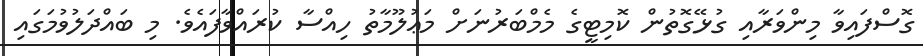
ގޮސްފައިވާ މިންވަރާއި ގުޅޭގޮތުން ކޮމިޓީގެ މެމްބަރުނަށް މަޢުލޫމާތު ހިއްސާ ކުރައްވާފައެވެ. މި ބައްދަލުވުމަގައި